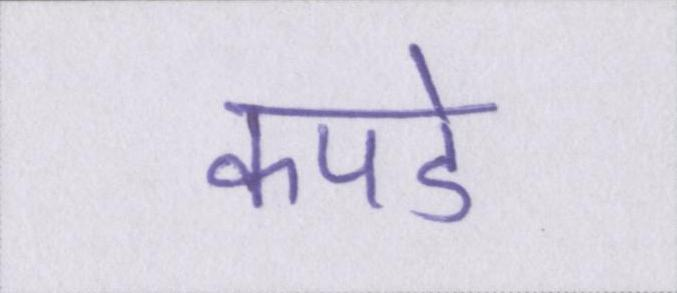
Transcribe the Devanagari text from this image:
कपडे